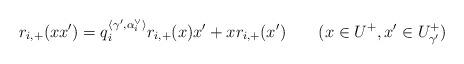
LaTeX: \begin{align*}r_{i,+}(xx')=q_i^{\langle\gamma',\alpha_i^\vee\rangle}r_{i,+}(x)x'+xr_{i,+}(x')\qquad(x\in U^+, x'\in U^+_{\gamma'})\end{align*}